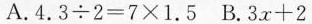
A.$$4 . 3 \div 2 = 7 \times 1 . 5$$ B.$$3 x + 2$$